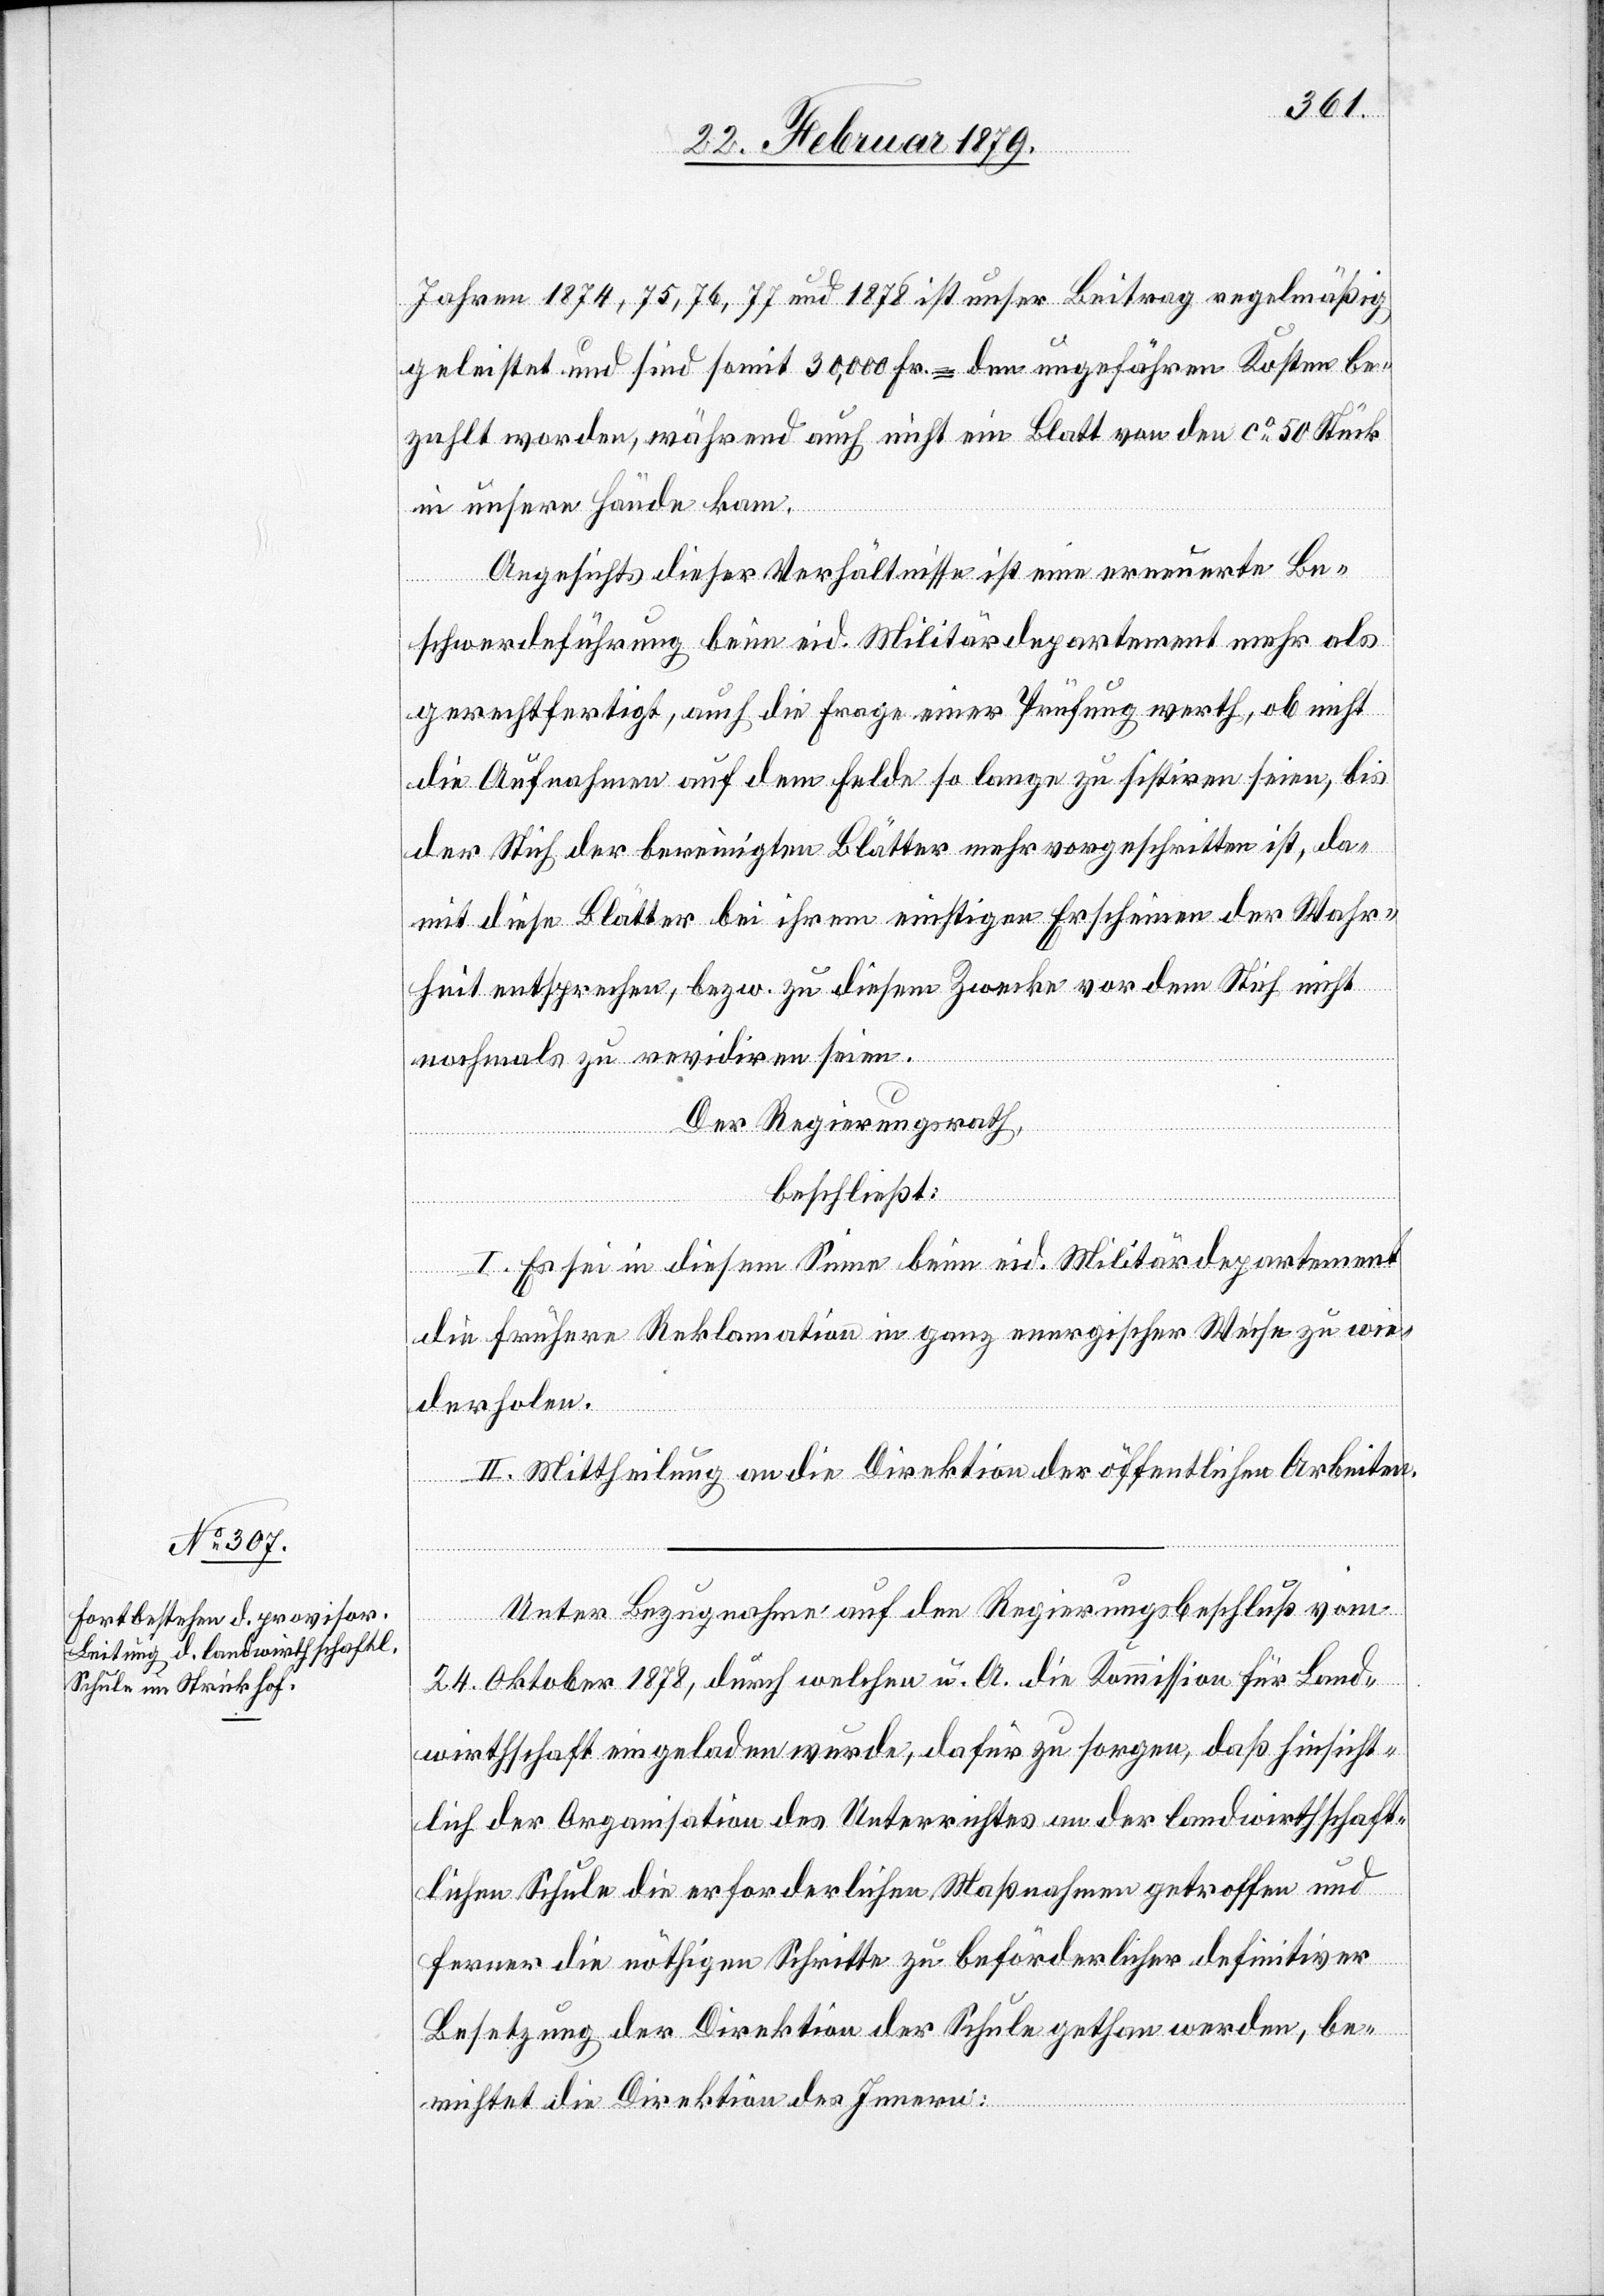
Jahren 1874, 75, 76, 77 und 1878 ist unser Beitrag regelmäßig
geleistet und sind somit 30,000 Fr. = den ungefähren Kosten be¬
zahlt worden, während auch nicht ein Blatt von den ca 50 Stück
in unsere Hände kam.
Angesichts dieser Verhältnisse ist eine erneuerte Be¬
schwerdeführung beim eid. Militärdepartement mehr als
gerechtfertigt, auch die Frage einer Prüfung werth, ob nicht
die Aufnahmen auf dem Felde so lange zu sistiren seien, bis
der Stich der bereinigten Blätter mehr vorgeschritten ist, da¬
mit diese Blätter bei ihrem einstigen Erscheinen der Wahr¬
heit entsprechen, bezw. zu diesem Zwecke vor dem Stich nicht
nochmals zu revidiren seien.
Der Regierungsrath,
beschließt:
I. Es sei in diesem Sinne beim eid. Militärdepartement
die frühere Reklamation in ganz energischer Weise zu wie¬
derholen.
II. Mittheilung an die Direktion der öffentlichen Arbeiten.
Unter Bezugnahme auf den Regierungsbeschluß vom
24. Oktober 1878, durch welchen u. A. die Kommission für Land¬
wirthschaft eingeladen wurde, dafür zu sorgen, daß hinsicht¬
lich der Organisation des Unterrichtes an der landwirthschaft¬
lichen Schule die erforderlichen Maßnahmen getroffen und
ferner die nöthigen Schritte zu beförderlicher definitiver
Besetzung der Direktion der Schule gethan werden, be¬
richtet die Direktion des Innern: